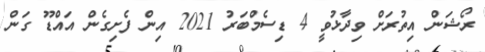
ރޯޝަން އިތުރަށް ވިދާޅުވީ 4 ޑިސެމްބަރު 2021 އިން ފެށިގެން އައްޑޫ ގަން